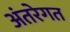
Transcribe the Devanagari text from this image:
अंतरेगत